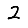
Digit: 2